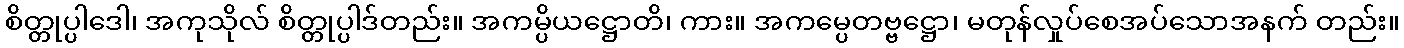
စိတ္တုပ္ပါဒေါ၊ အကုသိုလ် စိတ္တုပ္ပါဒ်တည်း။ အကမ္ပိယဋ္ဌောတိ၊ ကား။ အကမ္ပေတဗ္ဗဋ္ဌော၊ မတုန်လှုပ်စေအပ်သောအနက် တည်း။